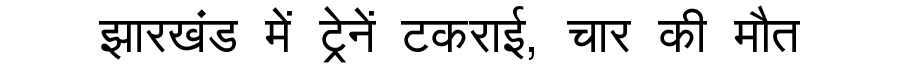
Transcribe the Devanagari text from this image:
झारखंड में ट्रेनें टकराई, चार की मौत